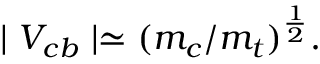
\mid V _ { c b } \mid \simeq ( m _ { c } / m _ { t } ) ^ { \frac { 1 } { 2 } } .